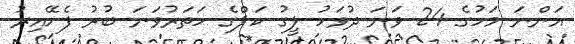
އަންނަ މަހުގެ 24 ވަނަ ދުވަހު ލީގު ކަޕްގެ ހަތަރުވަނަ ބުރު ފެށޭއިރު